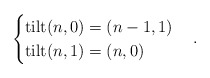
\begin{align*}\begin{cases} \mathrm{tilt}(n,0)=(n-1,1) \\ \mathrm{tilt}(n,1)=(n,0) \end{cases}. \end{align*}